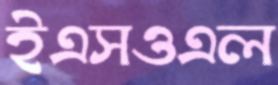
ইএসওএল